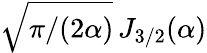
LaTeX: \sqrt{\pi/(2\alpha)}\, J_{3/2}(\alpha)